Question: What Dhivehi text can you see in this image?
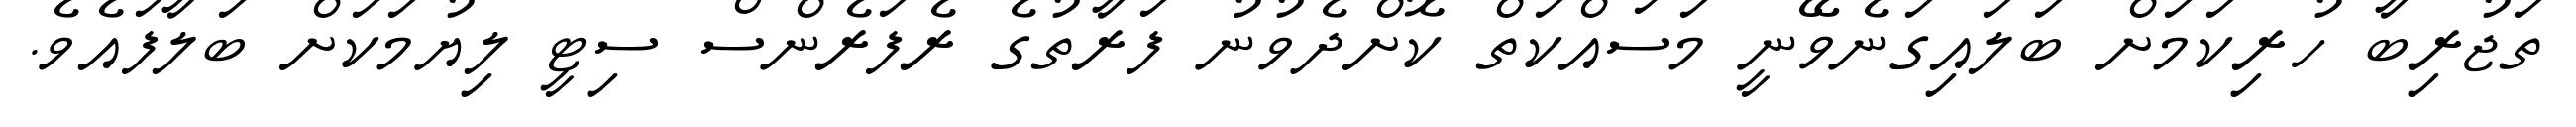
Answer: ތަޖުރިބާ ހުރިކަމަށް ބަލައިގަނެވޭނީ މަސައްކަތް ކޮށްދެވުނު ފަރާތުގެ ރެފަރެންސް ސިޓީ ލިޔުމަކަށް ބަލާފައެވެ.